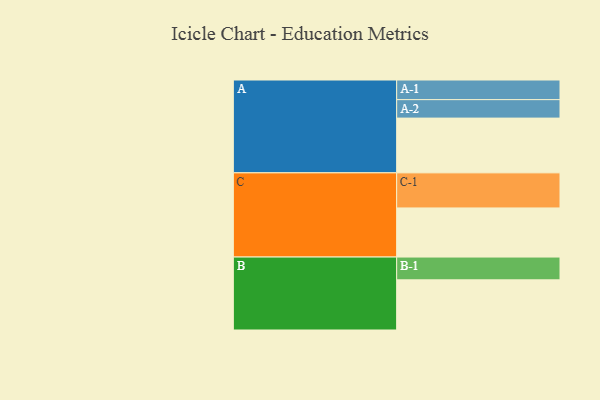
{"axis": {"x": "Segment", "y": "Value"}, "legend": ["", "A", "B", "C"], "data": [{"x": "A", "y": 418, "type": ""}, {"x": "B", "y": 383, "type": ""}, {"x": "C", "y": 375, "type": ""}, {"x": "A-1", "y": 150, "type": "A"}, {"x": "A-2", "y": 141, "type": "A"}, {"x": "B-1", "y": 174, "type": "B"}, {"x": "C-1", "y": 268, "type": "C"}]}